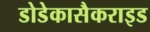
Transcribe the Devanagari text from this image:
डोडेकासैकराइड